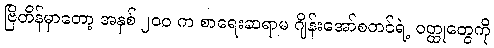
ဗြိတိန်မှာတော့ အနှစ် ၂၀၀ က စာရေးဆရာမ ဂျိန်းအော်စတင်ရဲ့ ဝတ္ထုတွေကို